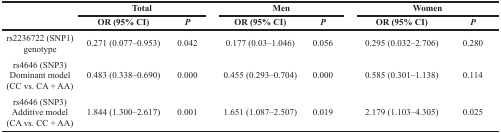
|  | <COLSPAN=2> Total | <COLSPAN=2> Men | <COLSPAN=2> Women |
 |  | OR (95% CI) | P | OR (95% CI) | P | OR (95% CI) | P |
 | --- | --- | --- | --- | --- | --- | --- |
 | rs2236722 (SNP1)genotype | 0.271 (0.077–0.953) | 0.042 | 0.177 (0.03–1.046) | 0.056 | 0.295 (0.032–2.706) | 0.280 |
 | rs4646 (SNP3)Dominant model(CC vs. CA + AA) | 0.483 (0.338–0.690) | 0.000 | 0.455 (0.293–0.704) | 0.000 | 0.585 (0.301–1.138) | 0.114 |
 | rs4646 (SNP3)Additive model(CA vs. CC + AA) | 1.844 (1.300–2.617) | 0.001 | 1.651 (1.087–2.507) | 0.019 | 2.179 (1.103–4.305) | 0.025 |